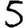
Digit: 5